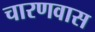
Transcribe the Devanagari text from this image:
चारणवास